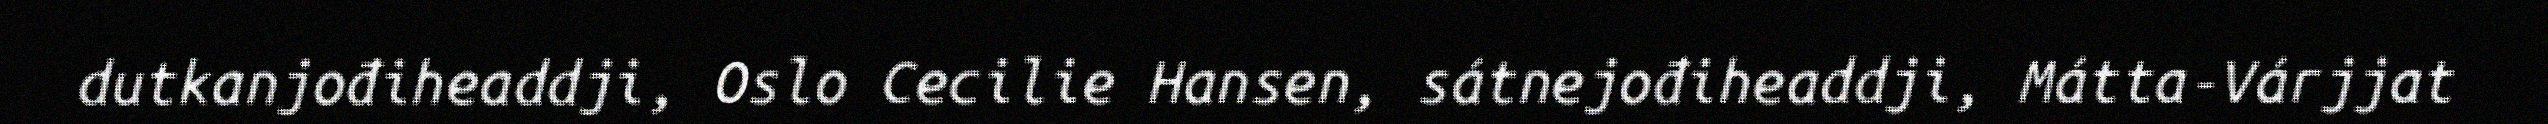
dutkanjođiheaddji, Oslo Cecilie Hansen, sátnejođiheaddji, Mátta-Várjjat